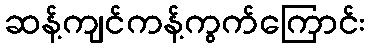
ဆန့်ကျင်ကန့်ကွက်ကြောင်း